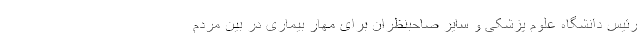
رئیس دانشگاه علوم پزشکی و سایر صاحبنظران برای مهار بیماری در بین مردم